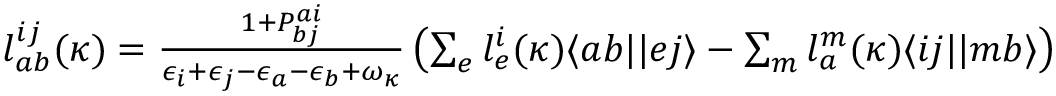
\begin{array} { r } { l _ { a b } ^ { i j } ( \kappa ) = \frac { 1 + P _ { b j } ^ { a i } } { \epsilon _ { i } + \epsilon _ { j } - \epsilon _ { a } - \epsilon _ { b } + \omega _ { \kappa } } \left( \sum _ { e } l _ { e } ^ { i } ( \kappa ) \langle a b | | e j \rangle - \sum _ { m } l _ { a } ^ { m } ( \kappa ) \langle i j | | m b \rangle \right) } \end{array}